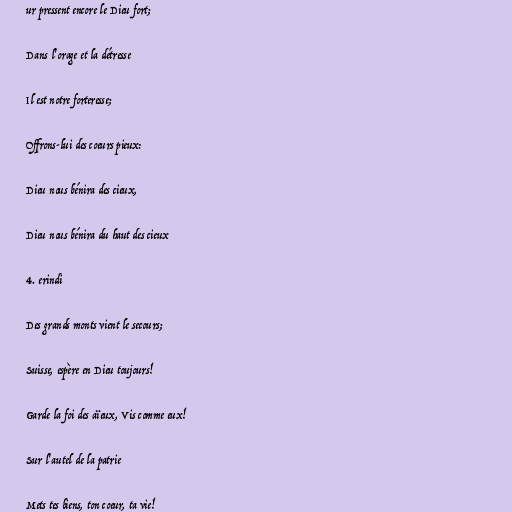
ur pressent encore le Dieu fort;

Dans l'orage et la détresse

Il est notre forteresse;

Offrons-lui des coeurs pieux:

Dieu nous bénira des cieux,

Dieu nous bénira du haut des cieux

4. erindi

Des grands monts vient le secours;

Suisse, espère en Dieu toujours!

Garde la foi des aïeux, Vis comme eux!

Sur l'autel de la patrie

Mets tes biens, ton coeur, ta vie!